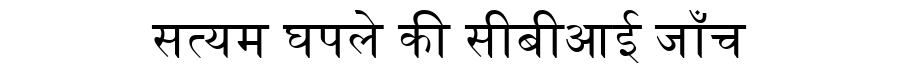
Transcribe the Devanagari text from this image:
सत्यम घपले की सीबीआई जाँच